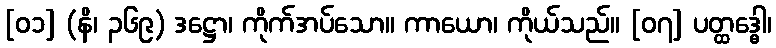
[၀၁] (နိ၊ ၃၆၉) ဒဋ္ဌော၊ ကိုက်အပ်သော။ ကာယော၊ ကိုယ်သည်။ [၀၇] ပတ္ထဒ္ဓေါ၊